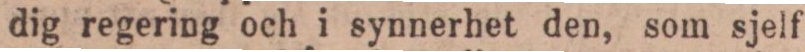
dig regering och i synnerhet den, som sjelf